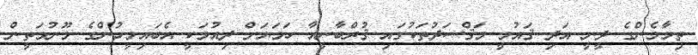
ތިމާމެންގެ ދީނީ އަދި ޤައުމީ މަޤްސަދުތަކުގައި ޤުރްބާނީއާ ހަމަޔަށް ދިއުމަކީ އެބައިމީހުންގެ މޫނުމަތީން